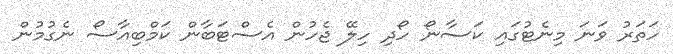
ހަތަރު ވަނަ މިނެޓުގައި ކަސާނޯ ހޯދި ހިލޭ ޖެހުން އެސްޓަބާން ކަމްބިއާސޯ ނެގުމުން